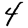
Digit: 4